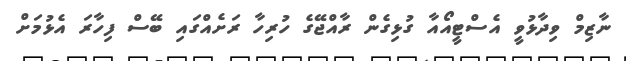
ނާޒިމް ވިދާޅުވީ އެސްޓީއޯއާ ގުޅިގެން ރާއްޖޭގެ ހުރިހާ ރަށެއްގައި ބޭސް ފިހާރަ އެޅުމަށް